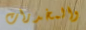
والمخدرات